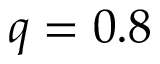
q = 0 . 8